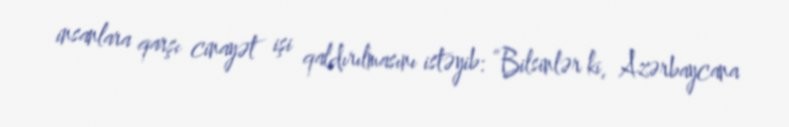
insanlara qarşı cinayət işi qaldırılmasını istəyib: “Bilsinlər ki, Azərbaycana